Sketch of the medical history of the native army of Bombay, for the year
Year: 1875
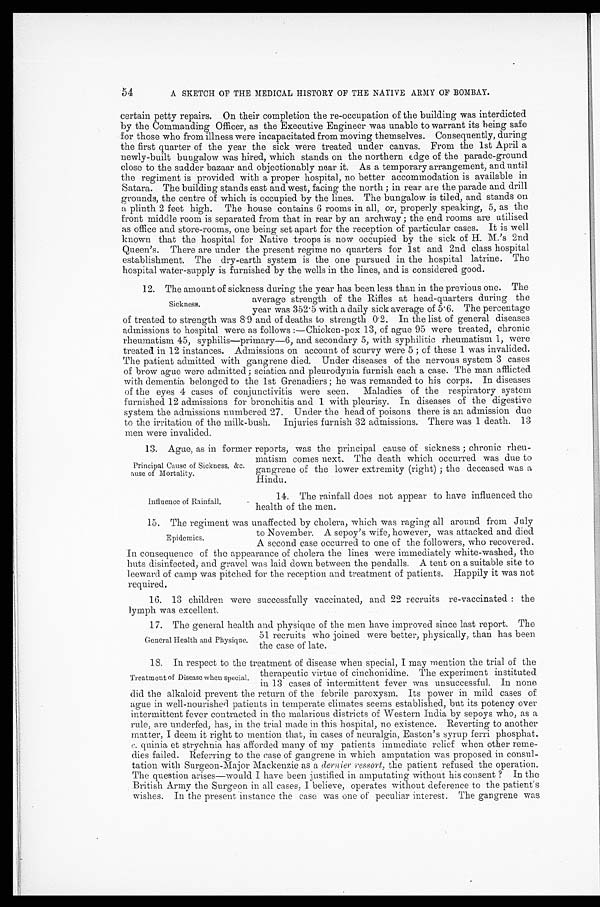
54
A SKETCH OF THE MEDICAL HISTORY OF THE NATIVE ARMY OF BOMBAY.
certain petty repairs. On their completion the re-occupation of the building was interdicted
by the Commanding Officer, as the Executive Engineer was unable to warrant its being safe
for those who from illness were incapacitated from moving themselves. Consequently, during
the first quarter of the year the sick were treated under canvas. From the 1st April a
newly-built bungalow was hired, which stands on the northern edge of the parade-ground
close to the sadder bazaar and objectionably near it. As a temporary arrangement, and until
the regiment is provided with a proper hospital, no better accommodation is available in
Satara. The building stands east and west, facing the north; in rear are the parade and drill
grounds, the centre of which is occupied by the lines. The bungalow is tiled, and stands on
a plinth 2 feet high. The house contains 6 rooms in all, or, properly speaking, 5, as the
front middle room is separated from that in rear by an archway; the end rooms are utilised
as office and store-rooms, one being set apart for the reception of particular cases. It is well
known that the hospital for Native troops is now occupied by the sick of H.M.'s 2nd
Queen's. There are under the present regime no quarters for 1st and 2nd class hospital
establishment. The dry-earth system is the one pursued in the hospital latrine. The
hospital water-supply is furnished by the wells in the lines, and is considered good.
12. The amount of sickness during the year has been less than in the previous one. The
average strength of the Rifles at head-quarters during the
year was 352.5 with a daily sick average of 5.6. The percentage
of treated to strength was 8.9 and of deaths to strength 0.2. In the list of general diseases
admissions to hospital were as follows:—Chicken-pox 13, of ague 95 were treated, chronic
rheumatism 45, syphilis—primary—6, and secondary 5, with syphilitic rheumatism 1, were
treated in 12 instances. Admissions on account of scurvy were 5; of these 1 was invalided.
The patient admitted with gangrene died. Under diseases of the nervous system 3 cases
of brow ague were admitted; sciatica and pleurodynia furnish each a case. The man afflicted
with dementia belonged to the 1st Grenadiers; he was remanded to his corps. In diseases
of the eyes 4 cases of conjunctivitis were seen. Maladies of the respiratory system
furnished 12 admissions for bronchitis and 1 with pleurisy. In diseases of the digestive
system the admissions numbered 27. Under the head of poisons there is an admission due
to the irritation of the milk-bush. Injuries furnish 32 admissions. There was 1 death. 13
men were invalided.
13. Ague, as in former reports, was the principal cause of sickness; chronic rheu--
matism comes next. The death which occurred was due to
gangrene of the lower extremity (right); the deceased was a
Hindu.
Sickness.
Principal Cause of Sickness, &c.
ause of Mortality.
Influence of Rainfall.
14. The rainfall does not appear to have influenced the
health of the men.
15. The regiment was unaffected by cholera, which was raging all around from July
to November. A sepoy's wife, however, was attacked and died
A second case occurred to one of the followers, who recovered.
In consequence of the appearance of cholera the lines were immediately white-washed, the
huts disinfected, and gravel was laid down between the pendalls. A tent on a suitable site to
leeward of camp was pitched for the reception and treatment of patients. Happily it was not
required.
16. 13 children were successfully vaccinated, and 22 recruits re-vaccinated: the
lymph was excellent.
17. The general and physique of the men have improved since last report. The
51 recruits who joined were better, physically, than has been
the case of late.
18. In respect to the treatment of disease when special, I may mention the trial of the
therapeutic virtue of cinchonidine. The experiment instituted
in 13 cases of intermittent fever was unsuccessful. In none
did the alkaloid prevent the return of the febrile paroxysm. Its power in mild cases of
ague in well-nourished patients in temperate climates seems established, but its potency over
intermittent fever contracted in the malarious districts of Western India by sepoys who, as a
rule, are underfed, has, in the trial made in this hospital, no existence. Reverting to another
matter, I deem it right to mention that, in cases of neuralgia, Easton's syrup ferri phosphat.
c .quinia et strychnia has afforded many of my patients immediate relief when other reme -
dies failed. Referring to the case of gangrene in which amputation was proposed in consul -
tation with Surgeon-Major Mackenzie as a dernier ressort, the patient refused the operation.
The question arises—would I have been justified in amputating without his consent? In the
British Army the Surgeon in all cases, I believe, operates without deference to the patient's
wishes. In the present instance the case was one of peculiar interest. The gangrene was
Epidemics.
General Health and Physique.
Treatment of Disease when special.